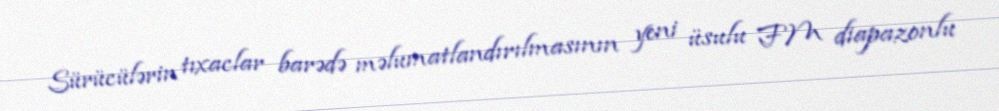
Sürücülərin tıxaclar barədə məlumatlandırılmasının yeni üsulu FM diapazonlu